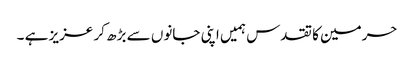
حرمین کا تقدس ہمیں اپنی جانوں سے بڑھ کر عزیز ہے ۔